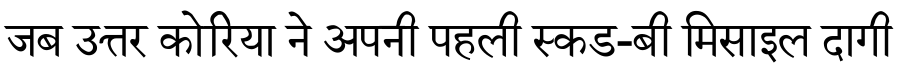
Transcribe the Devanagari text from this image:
जब उत्तर कोरिया ने अपनी पहली स्कड-बी मिसाइल दागी